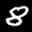
Label: 8